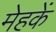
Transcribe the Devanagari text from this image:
मेहकें